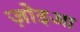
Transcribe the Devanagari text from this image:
ज़ोइआ